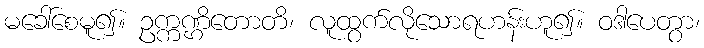
မခေါ်စေမူ၍။ ဥက္ကဏ္ဌိတောတိ၊ လူထွက်လိုသောရဟန်းဟူ၍။ ဝဒါပေတွာ၊